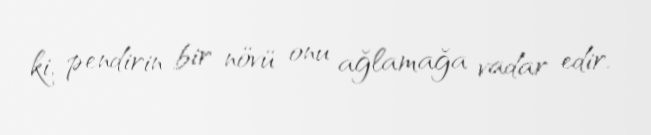
ki, pendirin bir növü onu ağlamağa vadar edir.